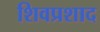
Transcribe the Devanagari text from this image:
शिवप्रशाद